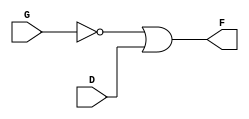
module lab_003_partb (
  input G, D,
  output F
);
  assign F = ~G | D;
endmodule